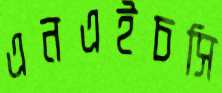
এনএইচসি